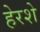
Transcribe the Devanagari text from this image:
हेरशे